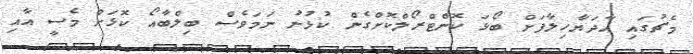
މެޗުގައި އާދަޔާހިލާފަށް ބޯޅަ ކޮންޓްރޯލްކޮށްގެން ކުޅުނު ނަމަވެސް ބިލްބާއޯ ކޮޅަށް މެސީ އާއި